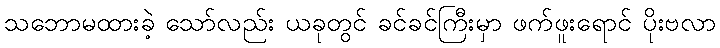
သဘောမထားခဲ့ သော်လည်း ယခုတွင် ခင်ခင်ကြီးမှာ ဖက်ဖူးရောင် ပိုးဗလာ